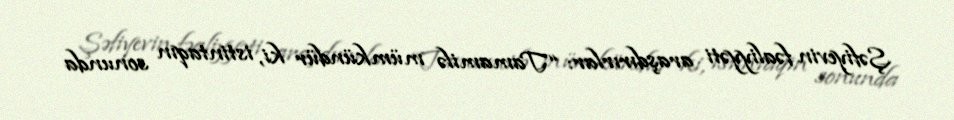
Şəfiyevin fəaliyyəti araşdırırlar: “Tamamilə mümkündür ki, istintaqın sonunda